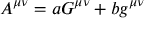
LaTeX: A ^ { \mu \nu } = a G ^ { \mu \nu } + b g ^ { \mu \nu }